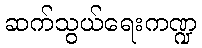
ဆက်သွယ်ရေးကဏ္ဍ